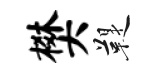
樊鞮